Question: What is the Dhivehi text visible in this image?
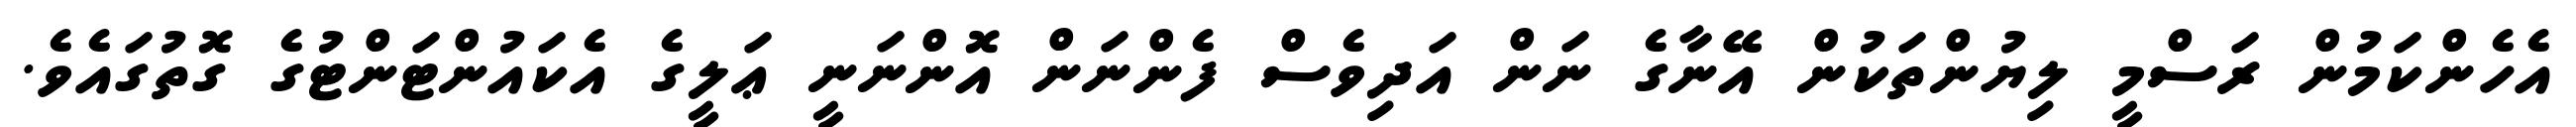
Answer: އެހެންކަމުން ރަސްމީ ލިޔުންތަކުން އޭނާގެ ނަން އަދިވެސް ފެންނަން އޮންނަނީ ޢަލީގެ އެކައުންޓަންޓުގެ ގޮތުގައެވެ.